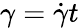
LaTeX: \gamma=\dot{\gamma}t